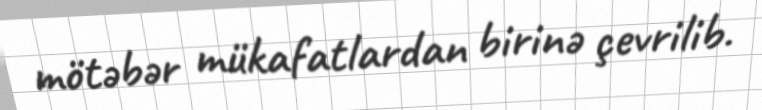
mötəbər mükafatlardan birinə çevrilib.